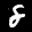
Label: 8